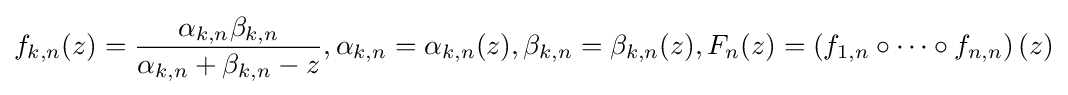
f_{k,n}(z)={\frac {\alpha _{k,n}\beta _{k,n}}{\alpha _{k,n}+\beta _{k,n}-z}},\alpha _{k,n}=\alpha _{k,n}(z),\beta _{k,n}=\beta _{k,n}(z),F_{n}(z)=\left(f_{1,n}\circ \cdots \circ f_{n,n}\right)(z)